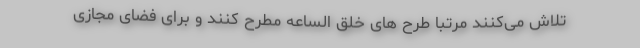
تلاش می‌‌کنند مرتبا طرح های خلق الساعه مطرح کنند و براى فضای مجازی